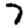
Digit: 7